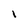
Character: I